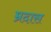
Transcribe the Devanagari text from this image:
म्रदास